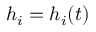
h _ { i } = h _ { i } ( t )